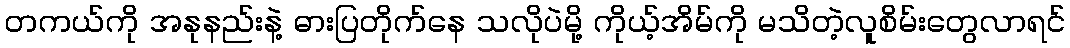
တကယ်ကို အနုနည်းနဲ့ ဓားပြတိုက်နေ သလိုပဲမို့ ကိုယ့်အိမ်ကို မသိတဲ့လူစိမ်းတွေလာရင်